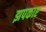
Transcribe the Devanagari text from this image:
झपकाए